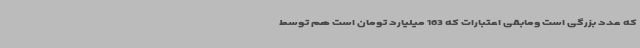
که عدد بزرگی است ومابقی اعتبارات که 163 میلیارد تومان است هم توسط